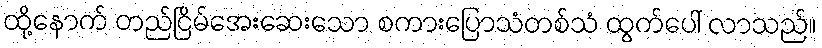
ထို့နောက် တည်ငြိမ်အေးဆေးသော စကားပြောသံတစ်သံ ထွက်ပေါ် လာသည်။